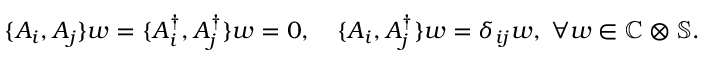
\begin{array} { r } { \{ A _ { i } , A _ { j } \} w = \{ A _ { i } ^ { \dagger } , A _ { j } ^ { \dagger } \} w = 0 , \quad \{ A _ { i } , A _ { j } ^ { \dagger } \} w = \delta _ { i j } w , \; \forall w \in \mathbb { C } \otimes \mathbb { S } . } \end{array}